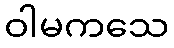
ဝါမကသေ